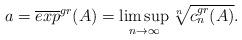
LaTeX: \begin{align*}a=\overline{exp}^{gr}(A)=\limsup_{n\to\infty} \sqrt[n]{c_n^{gr}(A)}.\end{align*}